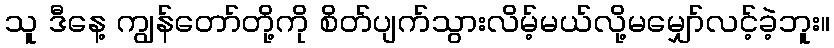
သူ ဒီနေ့ ကျွန်တော်တို့ကို စိတ်ပျက်သွားလိမ့်မယ်လို့မမျှော်လင့်ခဲ့ဘူး။